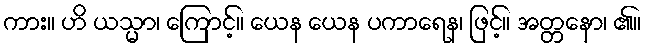
ကား။ ဟိ ယသ္မာ၊ ကြောင့်။ ယေန ယေန ပကာရေန၊ ဖြင့်။ အတ္တနော၊ ၏။